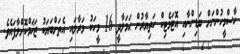
ހާސްމީހުންނަށް ބަޑިންނާއި އޮޓަމެޓިކް ހަތިޔާރުން ޙަމަލާދީ 16 މީހަކު މަރާލައި އެތަށްބަޔަކު ޒަޚަމްކޮށްލާފައެވެ.